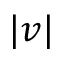
| v |